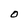
Character: O